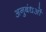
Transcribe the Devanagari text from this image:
अनुबंधओं